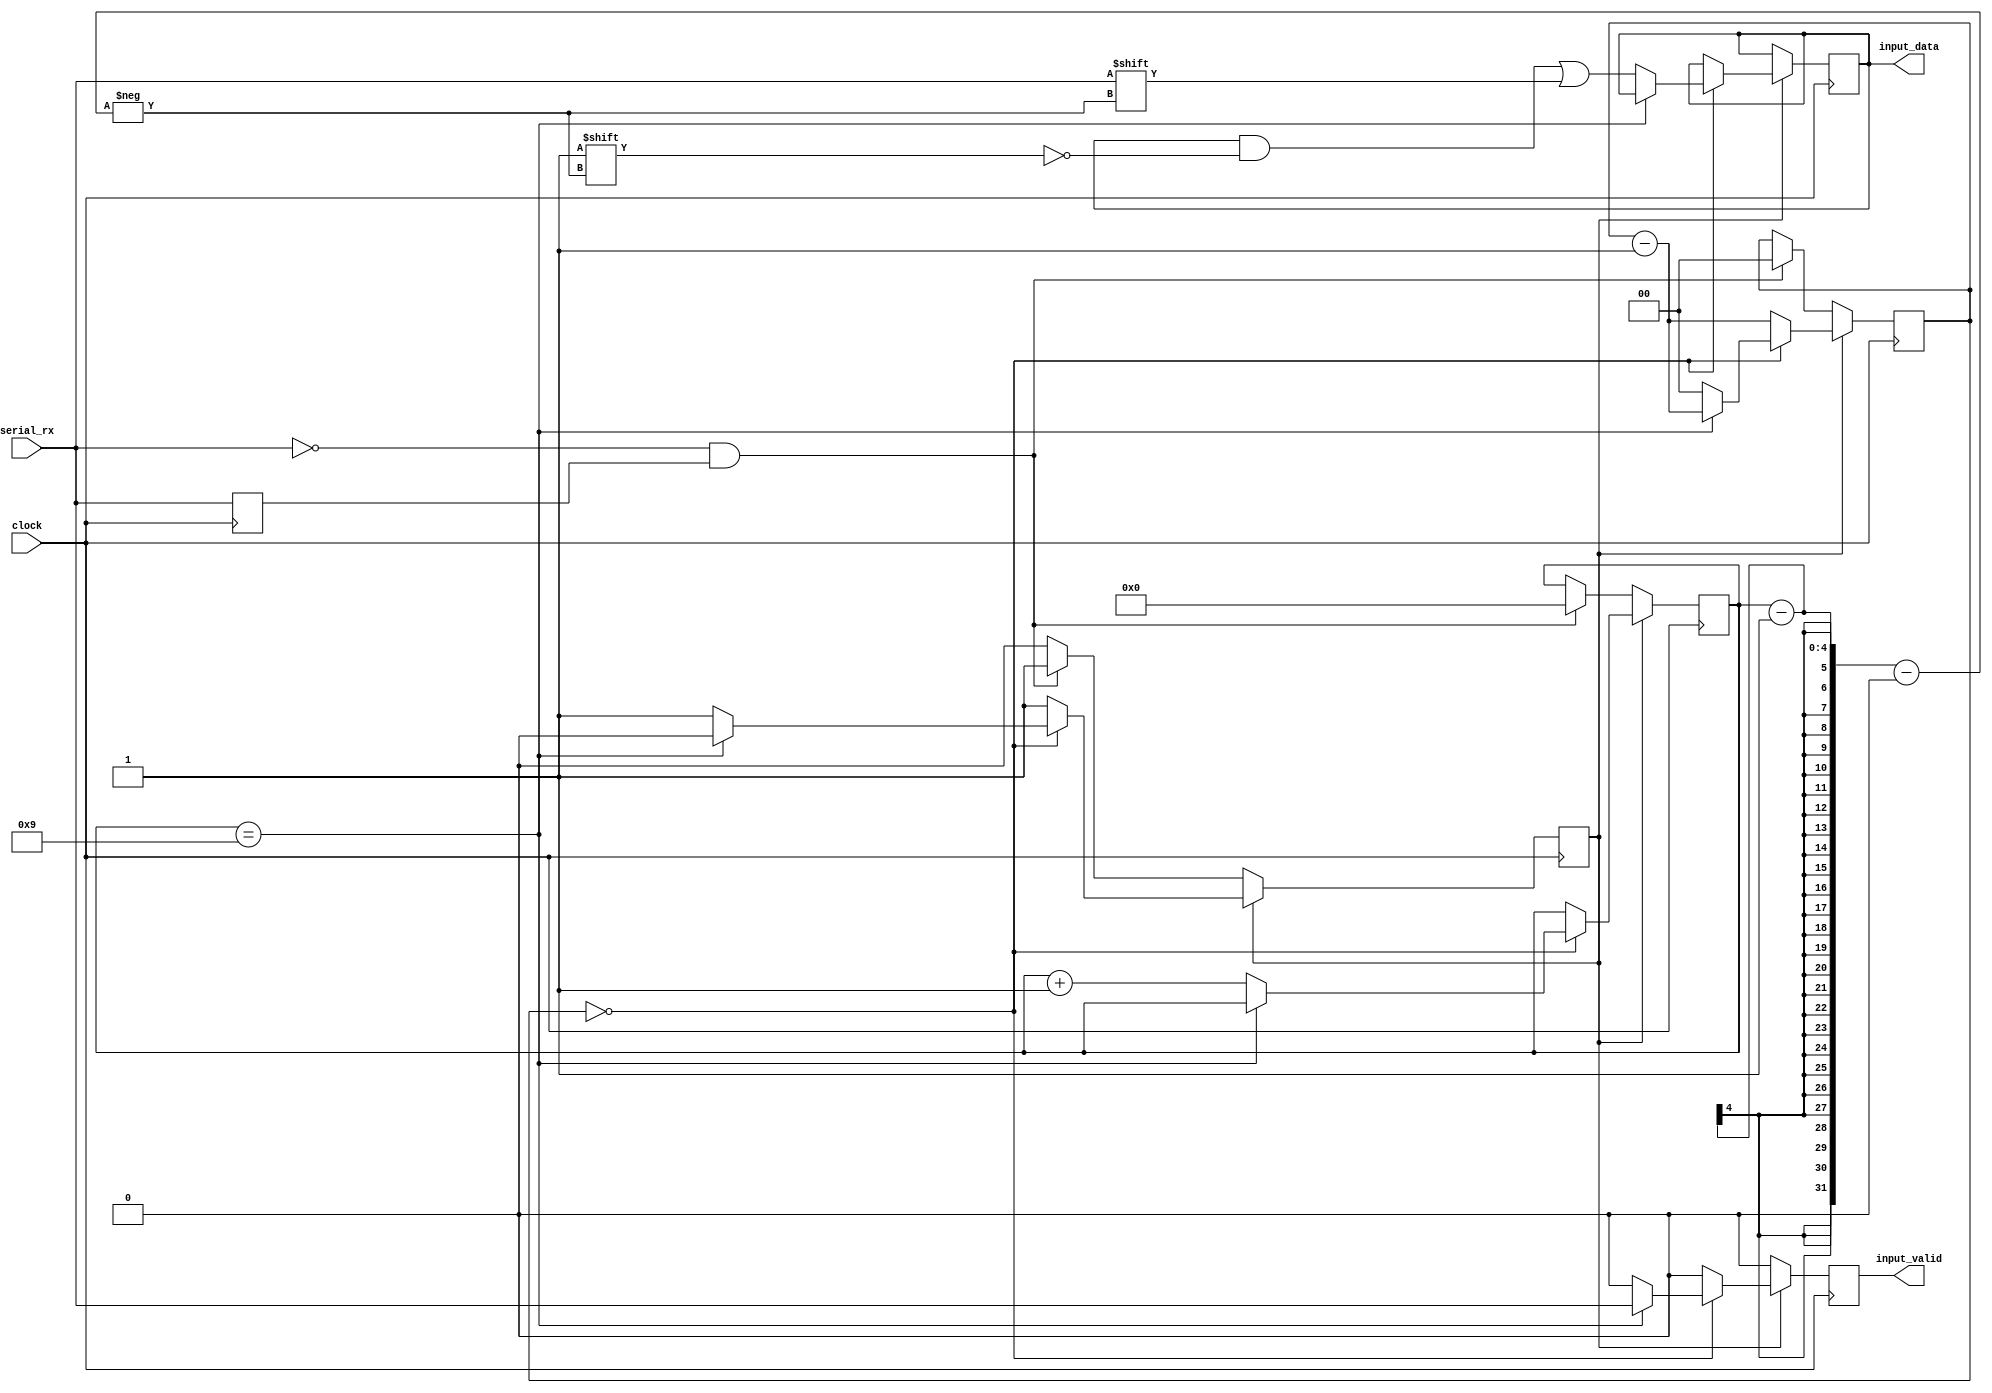
module UARTReceiver #(
	parameter CLOCKS_PER_BIT = 1
) (
	input wire clock,
	input wire serial_rx,
	output reg input_valid = 0,
	output reg[7:0] input_data = 0
);
	// 1. Wait for the start bit (low).
	// 2. Wait half a bit.
	// 3. Loop waiting for a full bit and recording.
	// 4. Verify the last bit is 1.

	parameter COUNTER_WIDTH = $clog2(CLOCKS_PER_BIT);

	// Which bit are we at, including the start and stop bit.
	reg[3:0] bit_index = 0;
	// Counter for the bit clocks.
	reg[COUNTER_WIDTH-1:0] clock_count = 0;

	reg active = 0;

	// Previous serial_rx value, to detect negative edges.
	reg serial_rx_prev = 0;

	always @(posedge clock) begin
		input_valid <= 0;

		serial_rx_prev <= serial_rx;

		if (active) begin
			clock_count <= clock_count - 1;

			if (clock_count == 0) begin
				if (bit_index == 9) begin
					// Stop bit. Must be 1 or we ignore this.
					input_valid <= serial_rx;
					// Reset.
					active <= 0;
				end else begin
					// For the stop bit, bit_index index will be -1 (7) but that won't matter.
					input_data[bit_index - 1] <= serial_rx;
					bit_index <= bit_index + 1;
					clock_count <= CLOCKS_PER_BIT - 1;
				end
			end
		end else begin
			// Wait for negative edge.
			if (serial_rx == 1'b0 && serial_rx_prev == 1'b1) begin
				// Start bit detected, wait half a bit.
				bit_index <= 0;
				clock_count <= CLOCKS_PER_BIT/2;
				active <= 1;
			end
		end
	end

endmodule